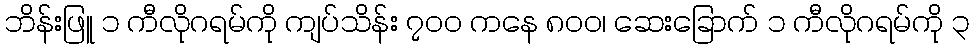
ဘိန်းဖြူ ၁ ကီလိုဂရမ်ကို ကျပ်သိန်း ၇၀၀ ကနေ ၈၀၀၊ ဆေးခြောက် ၁ ကီလိုဂရမ်ကို ၃